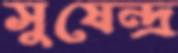
সুষেন্দ্র